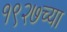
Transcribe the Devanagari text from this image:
१९२७च्या